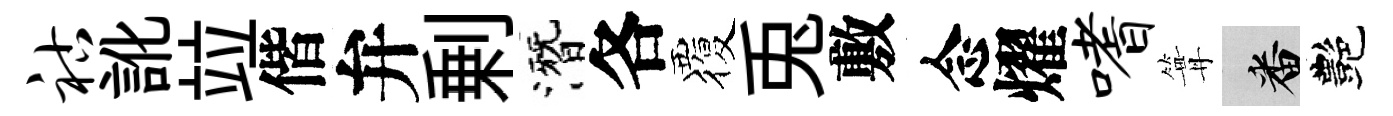
祜訛竝偕弁剰潛各覆兎敷念燿嗜篝番艷